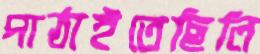
পাঠাইতেছিলি